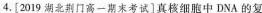
4.[2019湖北荆门高一期末考试]真核细胞中DNA的复